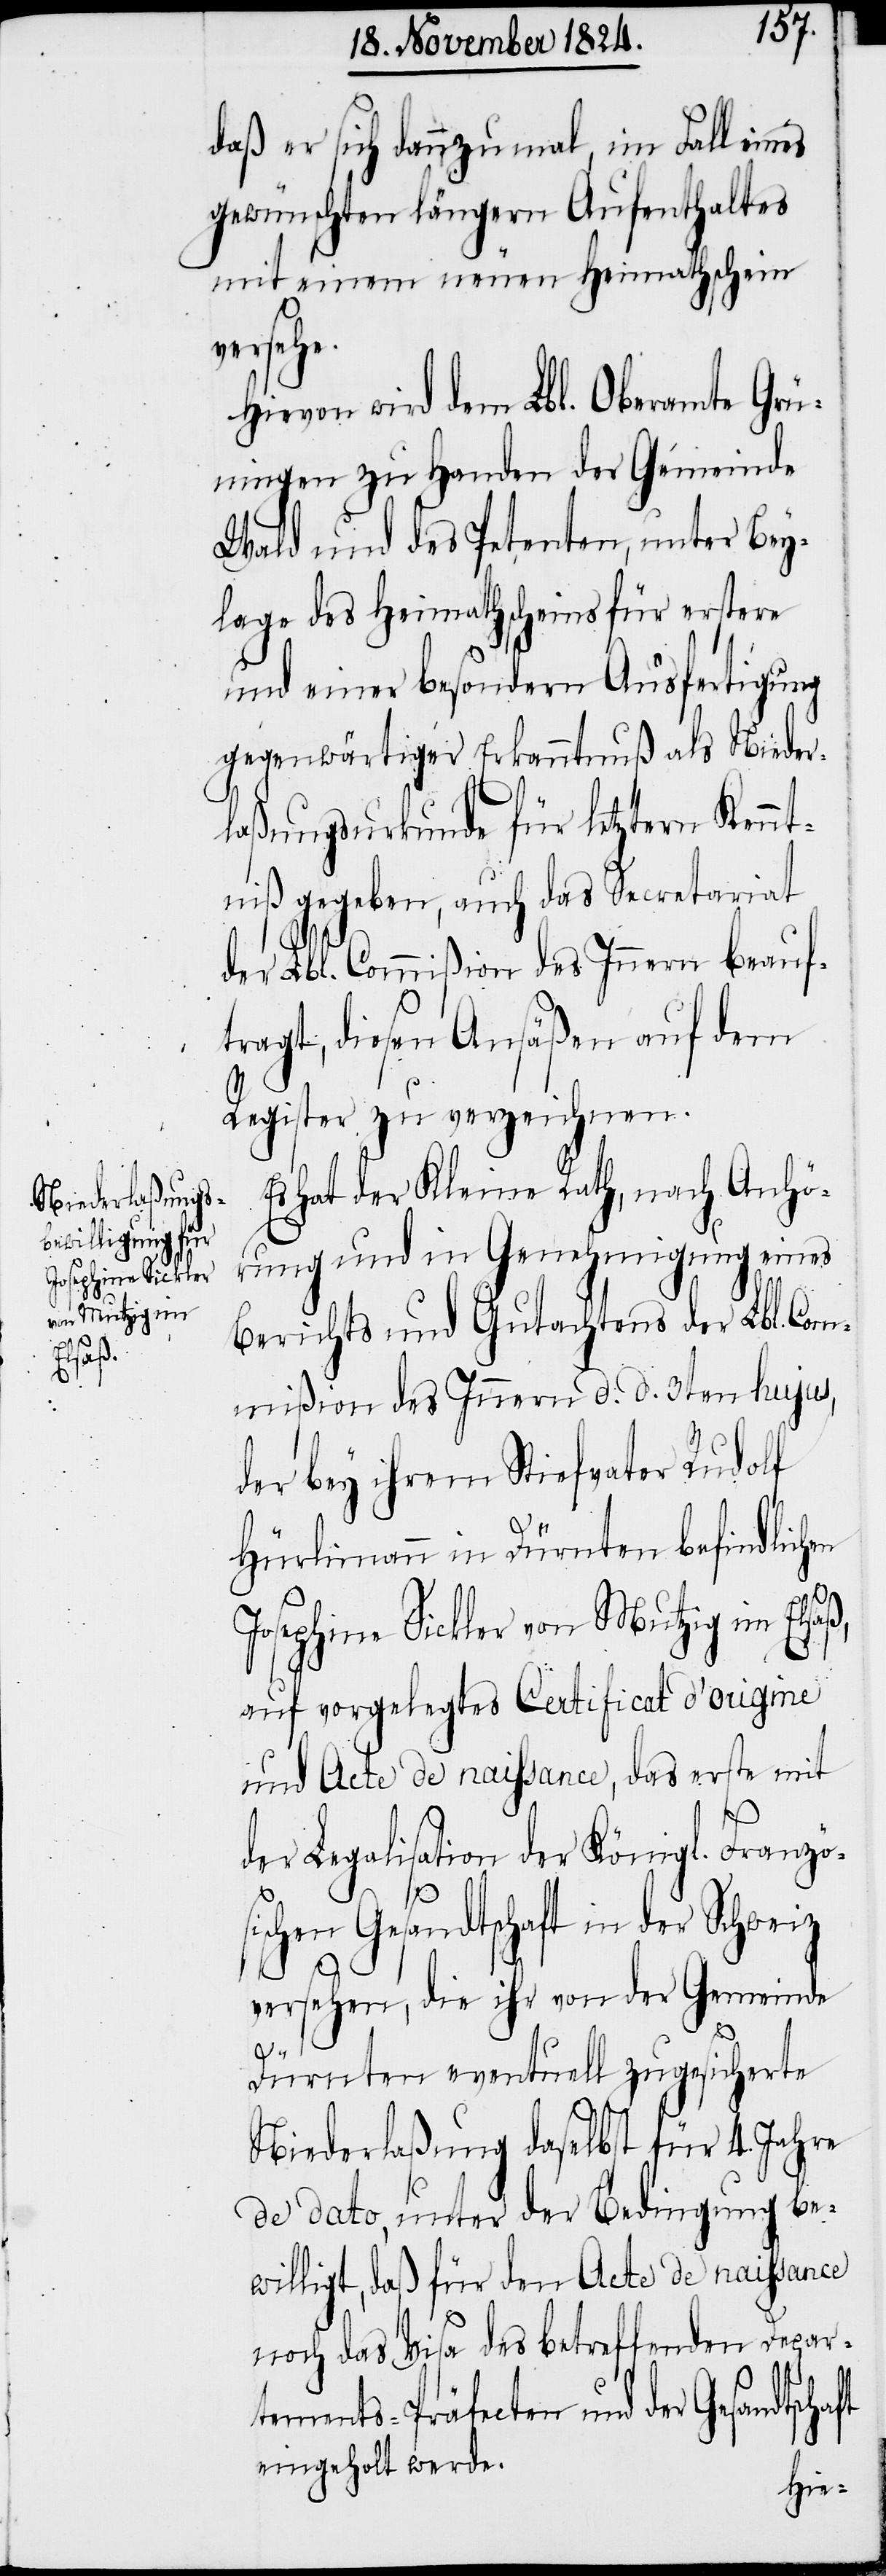
Josephina Sickler
von Mutzig im
Elsaß,

daß er sich dannzumal im Fall eines
gewünschten längern Aufenthaltes
mit einem neuen Heimathschein
erstere,
Hiervon wird dem Lbl. Oberamt Grü¬
ningen zu Handen der Gemeinde
Dürnten und der Petentin, unter Bey¬
lage des Heimatscheins für erstere
und einer besondern Ausfertigung
gegenwärtiger Erkanntnuß als Nieder¬
laßungsurkunde für letztere Kennt¬
niß gegeben, auch das Secretariat
der Lbl. Commißion des Innern beauf¬
tragt, diese Ansäßin auf dem
Register zu verzeichnen.
Es hat der Kleine Rath, nach Anhö¬
rung und in Genehmigung eines
Berichts und Gutachtens der Lbl. Com¬
mißion des Innern d. d. 3ten hujus,
der bey ihrem Stiefvater Rudolf
Hürlimann in Dürnten befindlichen
auf vorgelegtes Certificat d’origine
und Acte de naissance, das erste mit
der Legalisation der Königl. Franzö¬
s¬
ischen Gesandtschaft in der Schweiz
versehen, die ihr von der Gemeinde
und
für
Dürnten eventuell zugesicherte
Niederlaßung daselbst für 4. Jahre
de dato, unter der Bedingung be¬
willigt, daß für den Acte de naissance
noch das Visa des betreffenden Depar¬
tements-Präfecten und der Gesandtschaft
einbeholt werde.